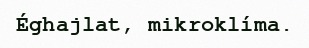
Éghajlat, mikroklíma.